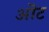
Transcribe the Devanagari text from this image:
ऒट